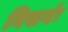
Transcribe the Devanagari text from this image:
विसर्गः